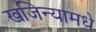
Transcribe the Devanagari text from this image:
खजिन्यामधे